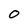
Character: O